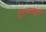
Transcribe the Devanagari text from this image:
दुषव्यवहार